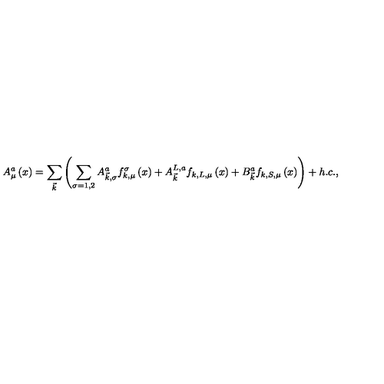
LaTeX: A _ { \mu } ^ { a } \left( x \right) = \sum _ { \vec { k } } \left( \sum _ { \sigma = 1 , 2 } A _ { \vec { k } , \sigma } ^ { a } f _ { k , \mu } ^ { \sigma } \left( x \right) + A _ { \vec { k } } ^ { L , a } f _ { k , L , \mu } \left( x \right) + B _ { \vec { k } } ^ { a } f _ { k , S , \mu } \left( x \right) \right) + h . c . ,